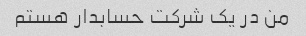
من در یک شرکت حسابدار هستم